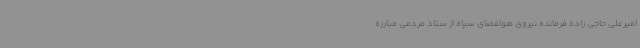
امیرعلی حاجی زاده فرمانده نیروی هوافضای سپاه از ستاد مردمی مبارزه